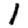
Digit: 1